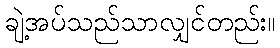
ချဲ့အပ်သည်သာလျှင်တည်း။